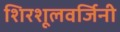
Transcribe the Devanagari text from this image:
शिरशूलवर्जिनी